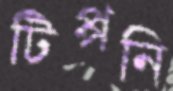
টিপ্পনি